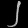
Digit: ၂